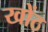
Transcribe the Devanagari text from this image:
खोंठ